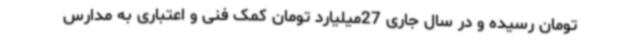
تومان رسیده و در سال جاری 27میلیارد تومان کمک فنی و اعتباری به مدارس